Vaccination in the Punjab 1905-1918 - 1905-1918
Year: 1905
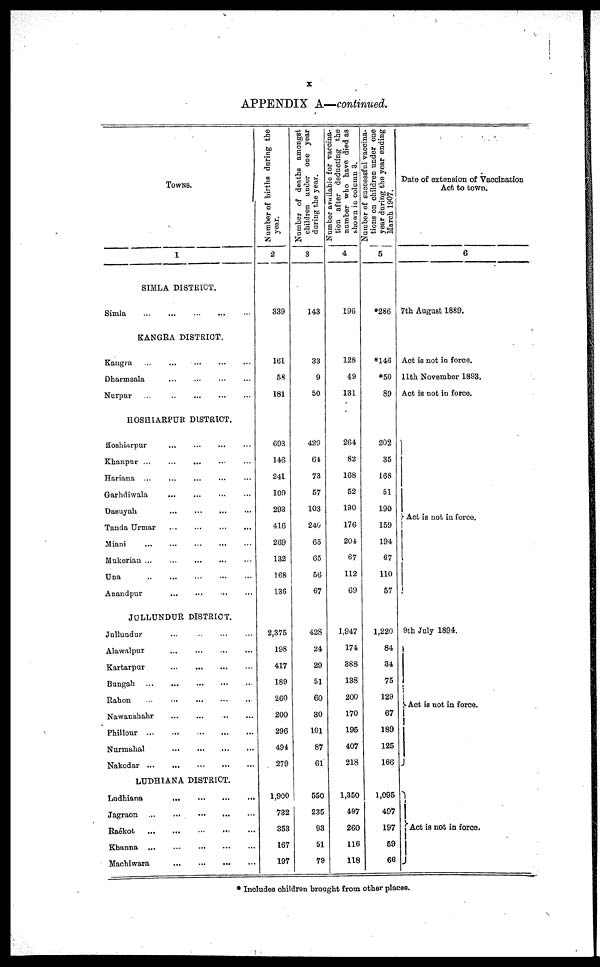
x
APPENDIX A—continued.
TOWNS.
1
SIMLA DISTRICT.
Simla
...
...
...
...
...
KANGRA DISTRICT.
Kangra
...
...
...
...
...
Dharmsala ... ... ... ...
Nurpur
...
...
...
...
...
HOSHIARPUR DISTRICT.
Hoshiarpur
...
...
...
...
Khanpur ... ... ... ... ...
Hariana ... ... ... ... ...
Garhdiwala ... ... ... ...
Dasuyah ... ... ... ... ...
Tanda Urmar ... ... ... ...
Miani ... ... ... ... ...
Mukerian ... ... ... ...
Una
...
...
...
...
...
Anandpur ... ... ... ...
JULLUNDUR DISTRICT.
Jullundur ... ... ... ... ...
Alawalpur ... ... ... ... ...
Kartarpur
...
...
...
...
...
Bungah
...
...
...
...
...
Rahon
...
...
...
...
...
Nawanshahr ... ... ... ... ...
Phillour
...
...
...
...
...
Nurmahal
...
...
...
...
Nakodar
...
...
...
...
...
LUDHIANA DISTRICT.
Ludhiana
...
...
...
...
...
Jagraon
...
...
...
...
...
Raokot
...
...
...
...
...
Khanna
...
...
...
...
...
Machiwara
...
...
...
...
...
Number of births during the
year.
2
339
161
58
181
693
146
241
109
293
416
269
132
168
136
2,375
198
417
189
260
200
296
494
279
1,900
732
353
167
197
Number of deaths amongst
children under one year
during the year.
3
143
33
9
50
429
64
73
57
103
240
65
65
56
67
428
24
29
51
60
30
101
87
61
550
235
93
51
79
Number available for vaccina-
tion after deducting the
number who have died as
Shown in column 3.
4
196
128
49
131
264
82
168
52
190
176
204
67
112
69
1,947
174
388
138
200
170
195
407
218
1,350
497
260
116
118
Number of successful vaccina-
tions on children under one
year during the year ending
March 1907.
5
286
146
50
89
202
35
168
51
190
159
194
67
110
57
1,220
84
34
75
129
67
189
125
166
1,095
497
197
59
66
Date of extension of Vaccination
Act to town.
6
7th August 1889.
Act is not in force.
11th November 1893.
Act is not in force.
Act is not in force.
9th July 1894.
Act is not in force.
Act is not in force.
* Includes children brought from other places.